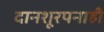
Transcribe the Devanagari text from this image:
दानशूरपनाही